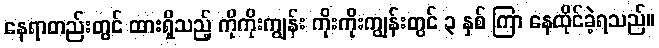
နေရာတည်းတွင် ထားရှိသည့် ကိုကိုးကျွန်း ကိုးကိုးကျွန်းတွင် ၃ နှစ် ကြာ နေထိုင်ခဲ့ရသည်။